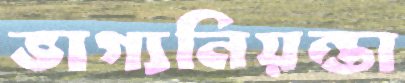
ভাগ্যনিয়ন্তা